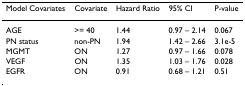
<table><thead><tr><td><b>Model Covariates</b></td><td><b>Covariate</b></td><td><b>Hazard Ratio</b></td><td><b>95% CI</b></td><td><b>P-value</b></td></tr></thead><tbody><tr><td>AGE</td><td>&gt;= 40</td><td>1.44</td><td>0.97 – 2.14</td><td>0.067</td></tr><tr><td>PN status</td><td>non-PN</td><td>1.94</td><td>1.42 – 2.66</td><td>3.1e-5</td></tr><tr><td>MGMT</td><td>ON</td><td>1.27</td><td>0.97 – 1.66</td><td>0.078</td></tr><tr><td>VEGF</td><td>ON</td><td>1.35</td><td>1.03 – 1.76</td><td>0.028</td></tr><tr><td>EGFR</td><td>ON</td><td>0.91</td><td>0.68 – 1.21</td><td>0.51</td></tr></tbody></table>